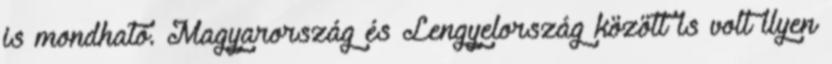
is mondható. Magyarország és Lengyelország között is volt ilyen